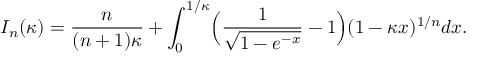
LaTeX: { \cal I } _ { n } ( \kappa ) = { \frac { n } { ( n + 1 ) \kappa } } + \int _ { 0 } ^ { 1 / \kappa } \Bigl ( { \frac { \displaystyle 1 } { \displaystyle \sqrt { 1 - e ^ { - x } } } } - 1 \Bigr ) ( 1 - \kappa x ) ^ { 1 / n } d x .